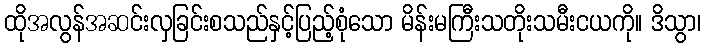
ထိုအလွန်အဆင်းလှခြင်းစသည်နှင့်ပြည့်စုံသော မိန်းမကြီးသတိုးသမီးငယကို။ ဒိသွာ၊